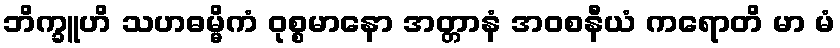
ဘိက္ခူဟိ သဟဓမ္မိကံ ဝုစ္စမာနော အတ္တာနံ အဝစနီယံ ကရောတိ မာ မံ